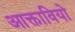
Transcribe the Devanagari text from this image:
आक्तावियो